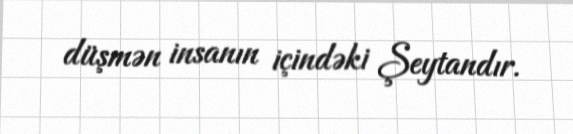
düşmən insanın içindəki Şeytandır.